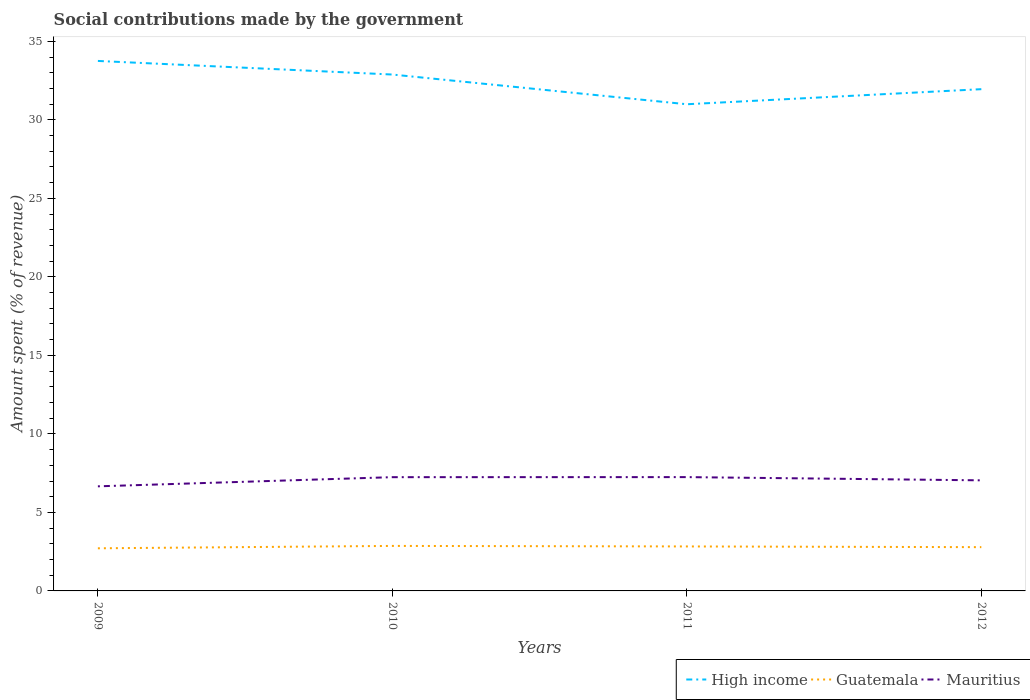
| Years | High income | Guatemala | Mauritius |
 | --- | --- | --- | --- |
 | 2009 | 33.8 | 2.71 | 6.66 |
 | 2010 | 32.9 | 2.87 | 7.24 |
 | 2011 | 31 | 2.83 | 7.25 |
 | 2012 | 32 | 2.79 | 7.04 |